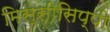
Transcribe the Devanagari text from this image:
मिस्सीसिप्पी